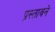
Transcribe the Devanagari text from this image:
प्रस्तावने